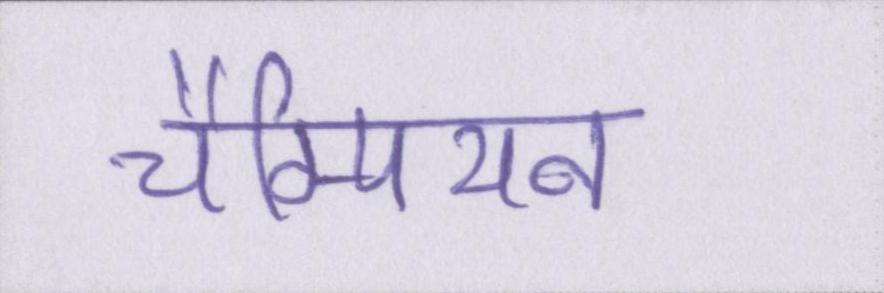
चैम्पियन